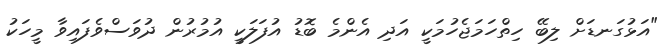
"އަޅުގަނޑަށް ލިބޭ ހިތްހަމަޖެހުމަކީ އަދި އެންމެ ބޮޑު އުފަލަކީ އުމުރުން ދުވަސްވެފައިވާ މީހަކު